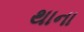
થાના